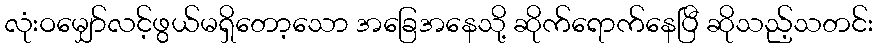
လုံးဝမျှော်လင့်ဖွယ်မရှိတော့သော အခြေအနေသို့ ဆိုက်ရောက်နေပြီ ဆိုသည့်သတင်း